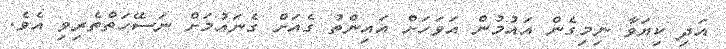
އަދި ކިޔަވާ ނިމިގެން އައުމުން އަވަހަށް އައިންތު ގެއަށް ގެނައުމަށް ނަސޭހަތްތެރިވި އެވެ.